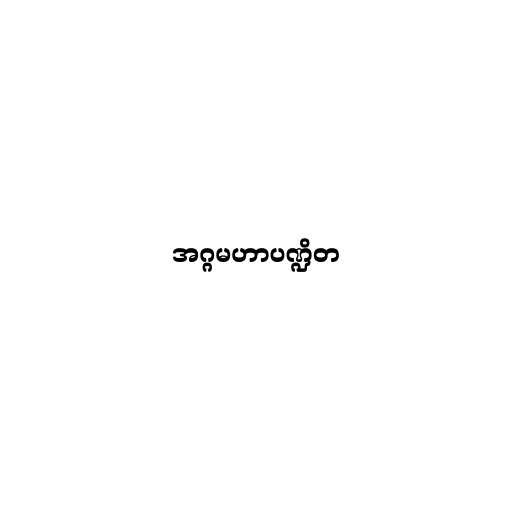
အဂ္ဂမဟာပဏ္ဍိတ